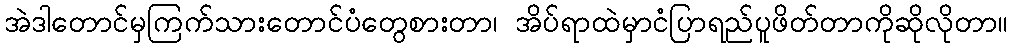
အဲဒါတောင်မှကြက်သားတောင်ပံတွေစားတာ၊ အိပ်ရာထဲမှာငံပြာရည်ပူဖိတ်တာကိုဆိုလိုတာ။